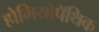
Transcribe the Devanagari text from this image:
होमियोपॅथिक